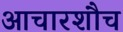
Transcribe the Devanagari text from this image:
आचारशौच